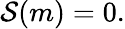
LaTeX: \mathcal{S}(m)=0.